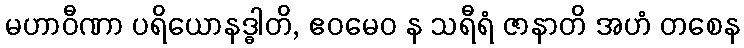
မဟာဝီဏာ ပရိယောနဒ္ဓါတိ, ဧဝမေဝ န သရီရံ ဇာနာတိ အဟံ တစေန